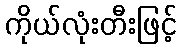
ကိုယ်လုံးတီးဖြင့်